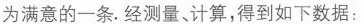
为满意的一条.经测量、计算，得到如下数据：